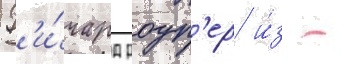
Р'и́чард роуп'ер и́з -